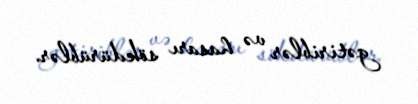
gətiriblər və hasarı sökdürüblər.